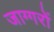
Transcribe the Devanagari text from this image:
जाग्गरों